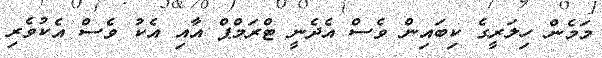
މަމެން ހިލަރީގެ ކިބައިން ވެސް އެދެނީ ޓްރަމްޕް އާއި އެކު ވެސް އެކުވެރި